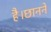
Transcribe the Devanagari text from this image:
है।छानने